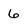
Character: 6